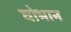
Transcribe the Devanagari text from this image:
घोभान